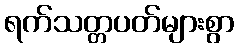
ရက်သတ္တပတ်များစွာ